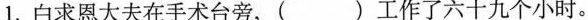
1.白求恩大夫在手术台旁，( )工作了六十九个小时。